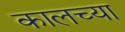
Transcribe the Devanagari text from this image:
कालच्या